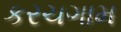
કરચગામ